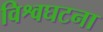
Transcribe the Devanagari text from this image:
विश्वघटना